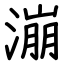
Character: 漰